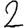
Digit: 2